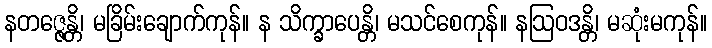
နတဇ္ဇေန္တိ၊ မခြိမ်းချောက်ကုန်။ န သိက္ခာပေန္တိ၊ မသင်စေကုန်။ နဩဝဒန္တိ၊ မဆုံးမကုန်။